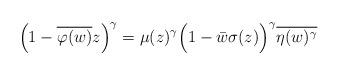
LaTeX: \begin{align*}\Big(1-\overline{\varphi(w)}z\Big)^{\gamma} & = \mu(z)^{\gamma}\Big(1-\bar{w}\sigma(z)\Big)^{\gamma}\overline{\eta(w)^{\gamma}}\end{align*}